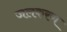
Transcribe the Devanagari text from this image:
जलकरण